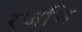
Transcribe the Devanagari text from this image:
रजचि